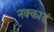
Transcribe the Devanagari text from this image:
नक्काडं